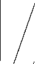
/